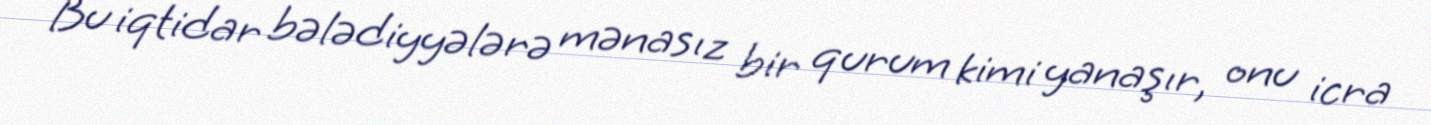
Bu iqtidar bələdiyyələrə mənasız bir qurum kimi yanaşır, onu icra